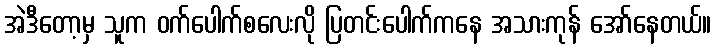
အဲဒီတော့မှ သူက ဝက်ပေါက်စလေးလို ပြတင်းပေါက်ကနေ အသားကုန် အော်နေတယ်။